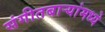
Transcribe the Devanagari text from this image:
संगीतबार्‍यांमध्ये